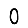
Digit: 0